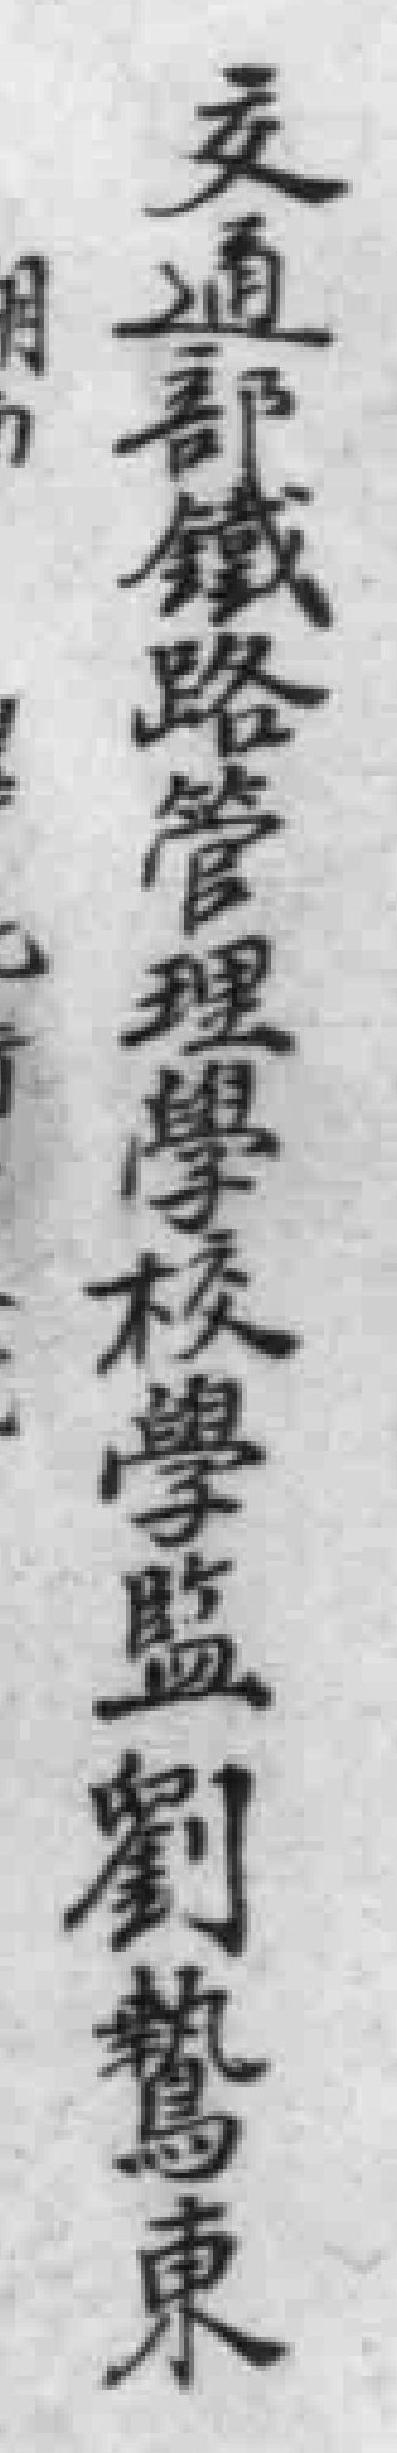
交通部鐵路管理學校學監劉鸞東